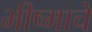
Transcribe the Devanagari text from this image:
भीष्माचे